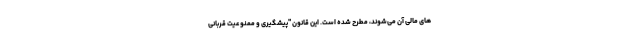
های مالی آن می‌شوند، مطرح شده است. این قانون "پیشگیری و ممنوعیت قربانی